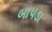
બાપડા